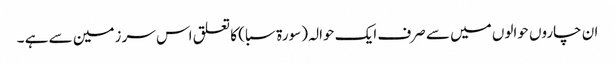
ان چاروں حوالوں میں سے صرف ایک حوالہ (سورة سبا ) کا تعلق اس سر زمین سے ہے ۔